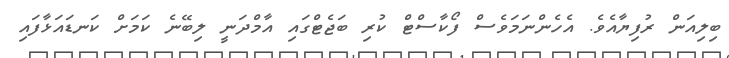
ބިލިއަން ރުފިޔާއެވެ. އެހެންނަމަވެސް ފޯކާސްޓް ކުރި ބަޖެޓްގައި އާމްދަނީ ލިބޭނެ ކަމަށް ކަނޑައަޅާފައި